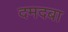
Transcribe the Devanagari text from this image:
दमदबा